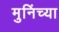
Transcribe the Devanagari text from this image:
मुनिंच्या